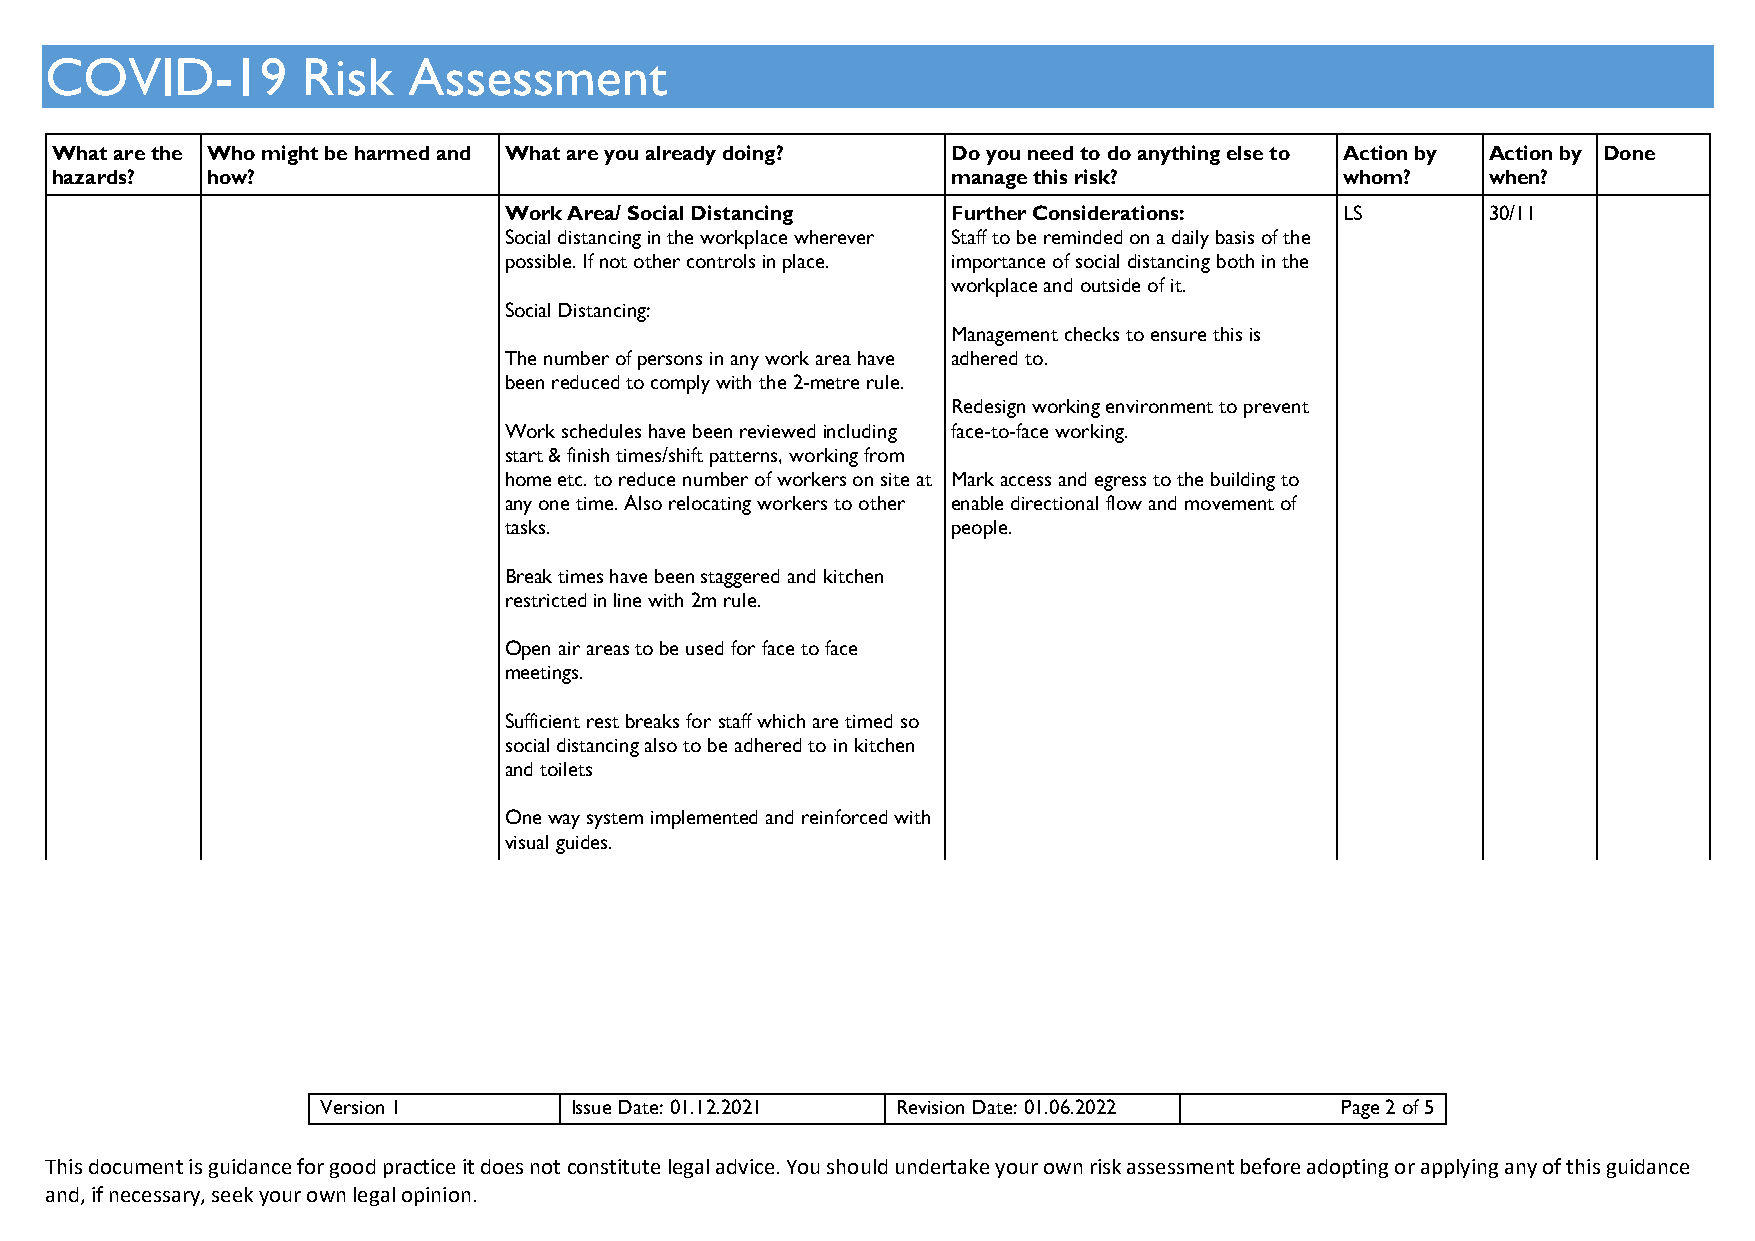
OFFICIAL
 COVID-19         Risk   Assessment
 What are the Who might be harmed and What are you already doing? Do you need to do anything else to Action by Action by Done
 hazards?   how?                                             manage this risk?         whom?    when?
 Work Area/ Social Distancing  Further Considerations:   LS       30/11
 Social distancing in the workplace wherever Staff to be reminded on a daily basis of the
 possible. If not other controls in place. importance of social distancing both in the
 workplace and outside of it.
 Social Distancing:
 Management checks to ensure this is
 The number of persons in any work area have adhered to.
 been reduced to comply with the 2-metre rule.
 Redesign working environment to prevent
 Work schedules have been reviewed including face-to-face working.
 start & finish times/shift patterns, working from
 home etc. to reduce number of workers on site at Mark access and egress to the building to
 any one time. Also relocating workers to other enable directional flow and movement of
 tasks.                        people.
 Break times have been staggered and kitchen
 restricted in line with 2m rule.
 Open air areas to be used for face to face
 meetings.
 Sufficient rest breaks for staff which are timed so
 social distancing also to be adhered to in kitchen
 and toilets
 One way system implemented and reinforced with
 visual guides.
 Version 1        Issue Date: 01.12.2021 Revision Date: 01.06.2022   Page 2 of 5
 This document is guidance for good practice it does not constitute legal advice. You should undertake your own risk assessment before adopting or applying any of this guidance
 and, if necessary, seek your own legal opinion.